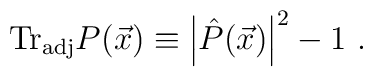
{\rm Tr}_{\rm adj} P({\vec x}) \equiv \left|{\hat P}({\vec x})\right|^2 -1~.